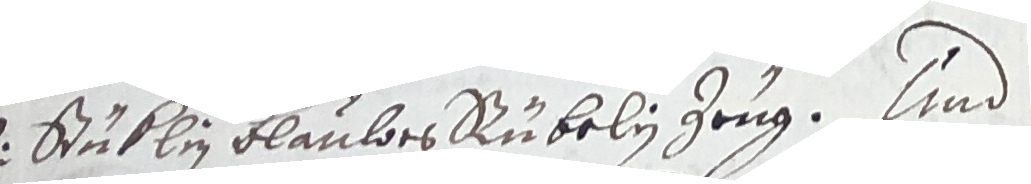
1. Stüblin Blaubes Rubelin zeug. Und